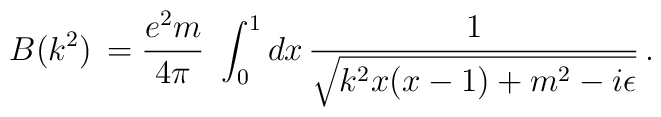
B(k^2)\,=\frac{e^2 m}{4 \pi}\,\,\int_{0}^{1} dx \,\frac{1}{\sqrt{k^2x (x-1)+m^2-i\epsilon}}\, .